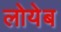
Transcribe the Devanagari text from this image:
लोयेब